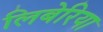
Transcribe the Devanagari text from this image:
लिबेरिया